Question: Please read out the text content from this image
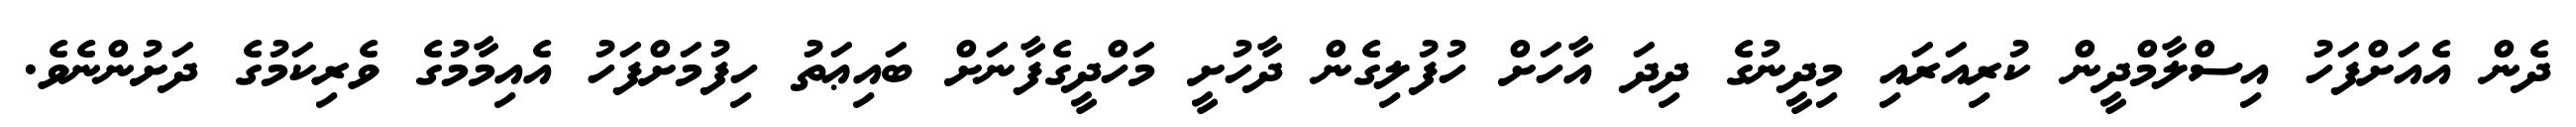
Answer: ދެން އެއަށްފަހު އިސްލާމްދީން ކުރިއަރައި މިދީނުގެ ދިދަ އާހަށް ހުފުލިގެން ދާހުށީ މަހްދީގެފާނަށް ބައިޢަތު ހިފުމަށްފަހު އެއިމާމުގެ ވެރިކަމުގެ ދަށުންނެވެ.